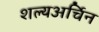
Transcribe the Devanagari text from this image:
शल्यअर्चिन